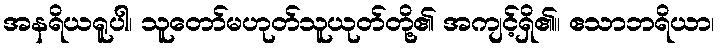
အနရိယရူပါ၊ သူတော်မဟုတ်သူယုတ်တို့၏ အကျင့်ရှိ၏။ ဧသာဘရိယာ၊